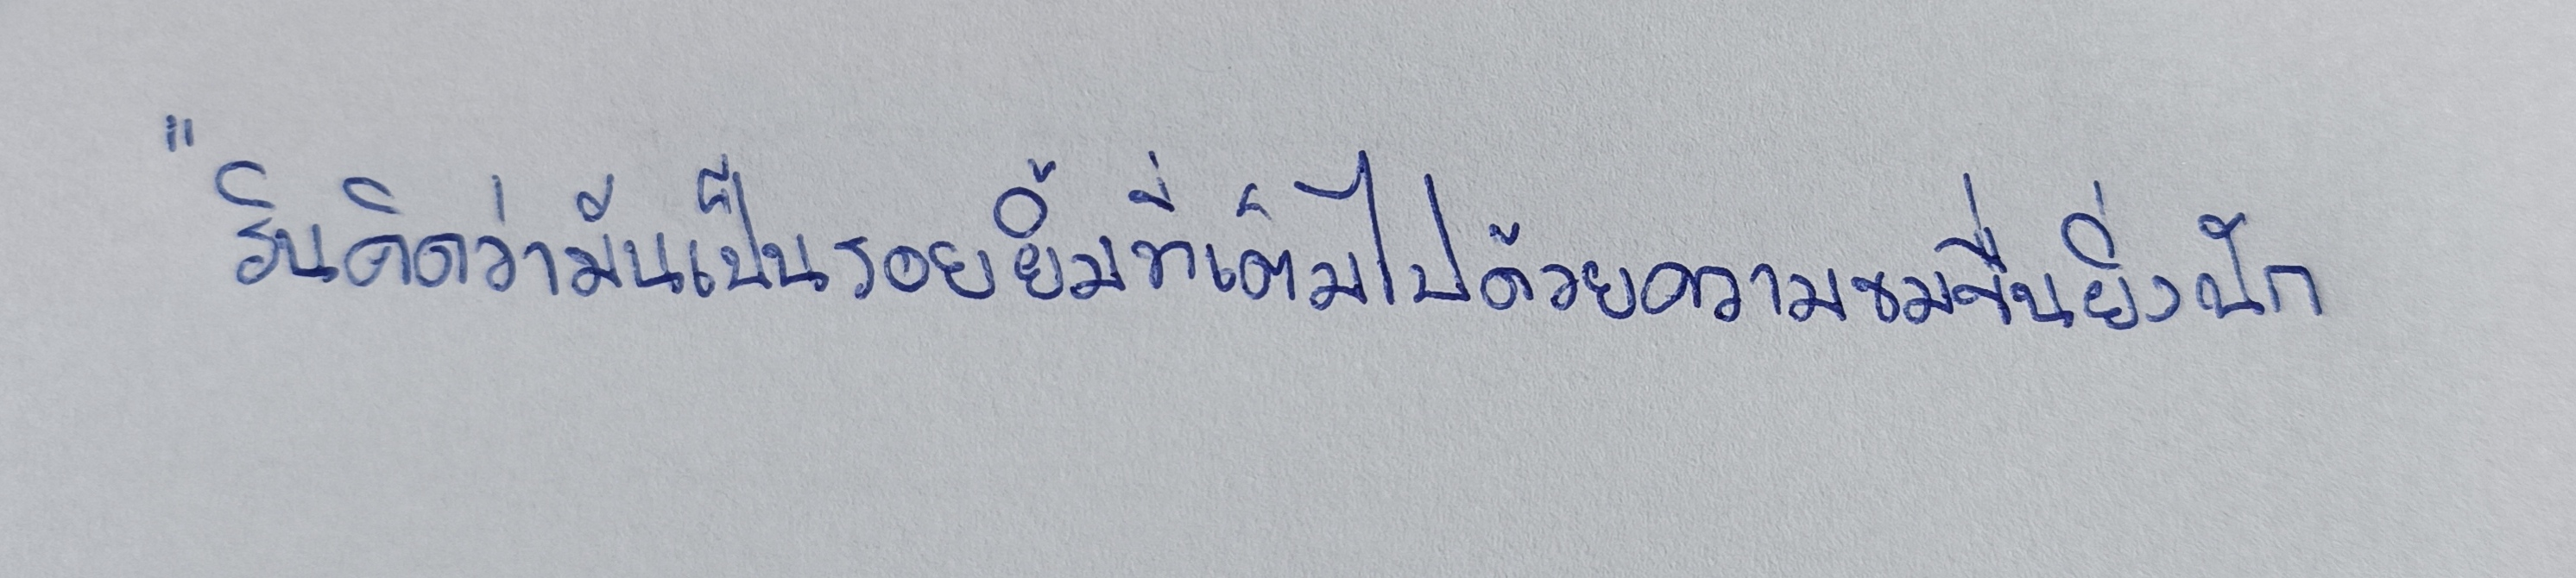
"รินคิดว่ามันเป็นรอยยิ้มที่เต็มไปด้วยความขมขื่นยิ่งนัก